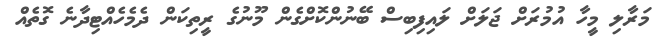
މަރާލި މީހާ އުމުރަށް ޖަލަށް ލައިފިބިސް ބޭނުންކޮށްގެން މޫނުގެ ރީތިކަން ދެމެހެއްޓިދާނެ ގޮތެއް